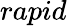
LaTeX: rapid